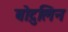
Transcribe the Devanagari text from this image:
बोटुलिन